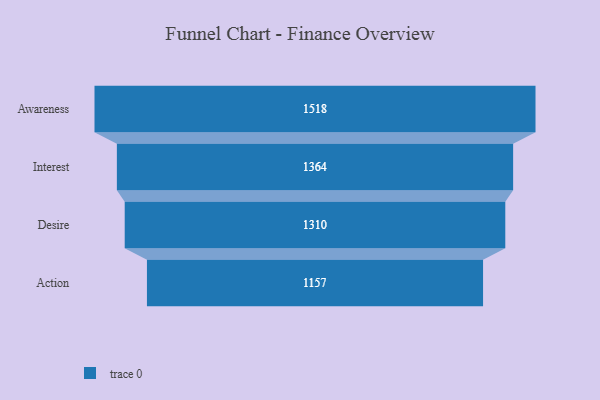
{"axis": {"x": "Stage", "y": "Value"}, "legend": [""], "data": [{"x": "Awareness", "y": 1518.0, "type": ""}, {"x": "Interest", "y": 1364.0, "type": ""}, {"x": "Desire", "y": 1310.0, "type": ""}, {"x": "Action", "y": 1157.0, "type": ""}]}